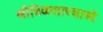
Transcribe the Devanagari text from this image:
श्रीत्रिकसारशास्त्रे